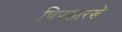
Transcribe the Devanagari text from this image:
चिपसारखे